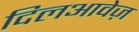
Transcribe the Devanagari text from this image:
दिलआवेज़